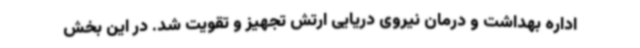
اداره بهداشت و درمان نیروی دریایی ارتش تجهیز و تقویت شد. در این بخش